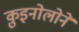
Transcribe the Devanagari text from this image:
क़ुइनोलोने